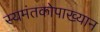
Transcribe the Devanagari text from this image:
स्यमंतकोपाख्यान